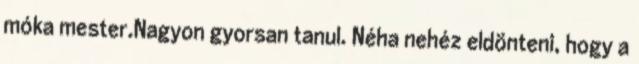
móka mester.Nagyon gyorsan tanul. Néha nehéz eldönteni, hogy a